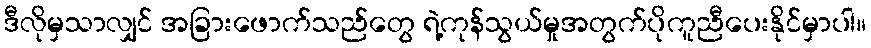
ဒီလိုမှသာလျှင် အခြားဖောက်သည်တွေ ရဲ့ကုန်သွယ်မှုအတွက်ပိုကူညီပေးနိုင်မှာပါ။